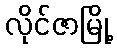
လိုင်ဇာမြို့